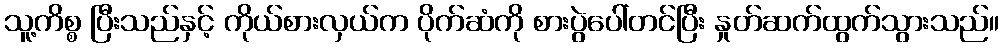
သူ့ကိစ္စ ပြီးသည်နှင့် ကိုယ်စားလှယ်က ပိုက်ဆံကို စားပွဲပေါ်တင်ပြီး နှုတ်ဆက်ထွက်သွားသည်။